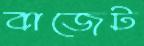
বাজেট